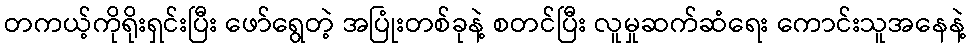
တကယ့်ကိုရိုးရှင်းပြီး ဖော်ရွေတဲ့ အပြုံးတစ်ခုနဲ့ စတင်ပြီး လူမှုဆက်ဆံရေး ကောင်းသူအနေနဲ့